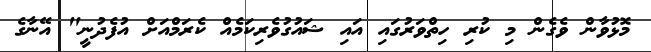
މޮޅުވާން ވެގެން މި ކުރި ހިތްވަރުގައި އައި ޝައުގުވެރިކަމެއް ކެރަމްއަށް އުފެދުނީ" އޭނާގެ